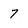
Character: 7